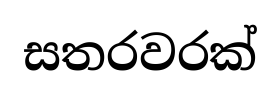
සතරවරක්